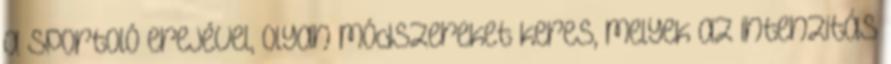
a sportoló erejével, olyan módszereket keres, melyek az intenzitás